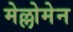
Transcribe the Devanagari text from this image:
मेल्लोमेन